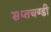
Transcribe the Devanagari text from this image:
सप्तचण्डी